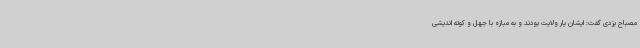
مصباح یزدی گفت: ایشان یار ولایت بودند و به مبازه با جهل و کوته اندیشی